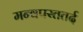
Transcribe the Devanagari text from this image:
मन्वपस्ततर्द